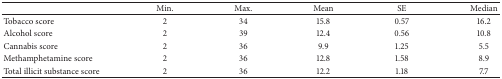
|  | Min. | Max. | Mean | SE | Median |
 | --- | --- | --- | --- | --- | --- |
 | Tobacco score | 2 | 34 | 15.8 | 0.57 | 16.2 |
 | Alcohol score | 2 | 39 | 12.4 | 0.56 | 10.8 |
 | Cannabis score | 2 | 36 | 9.9 | 1.25 | 5.5 |
 | Methamphetamine score | 2 | 36 | 12.8 | 1.58 | 8.9 |
 | Total illicit substance score | 2 | 36 | 12.2 | 1.18 | 7.7 |